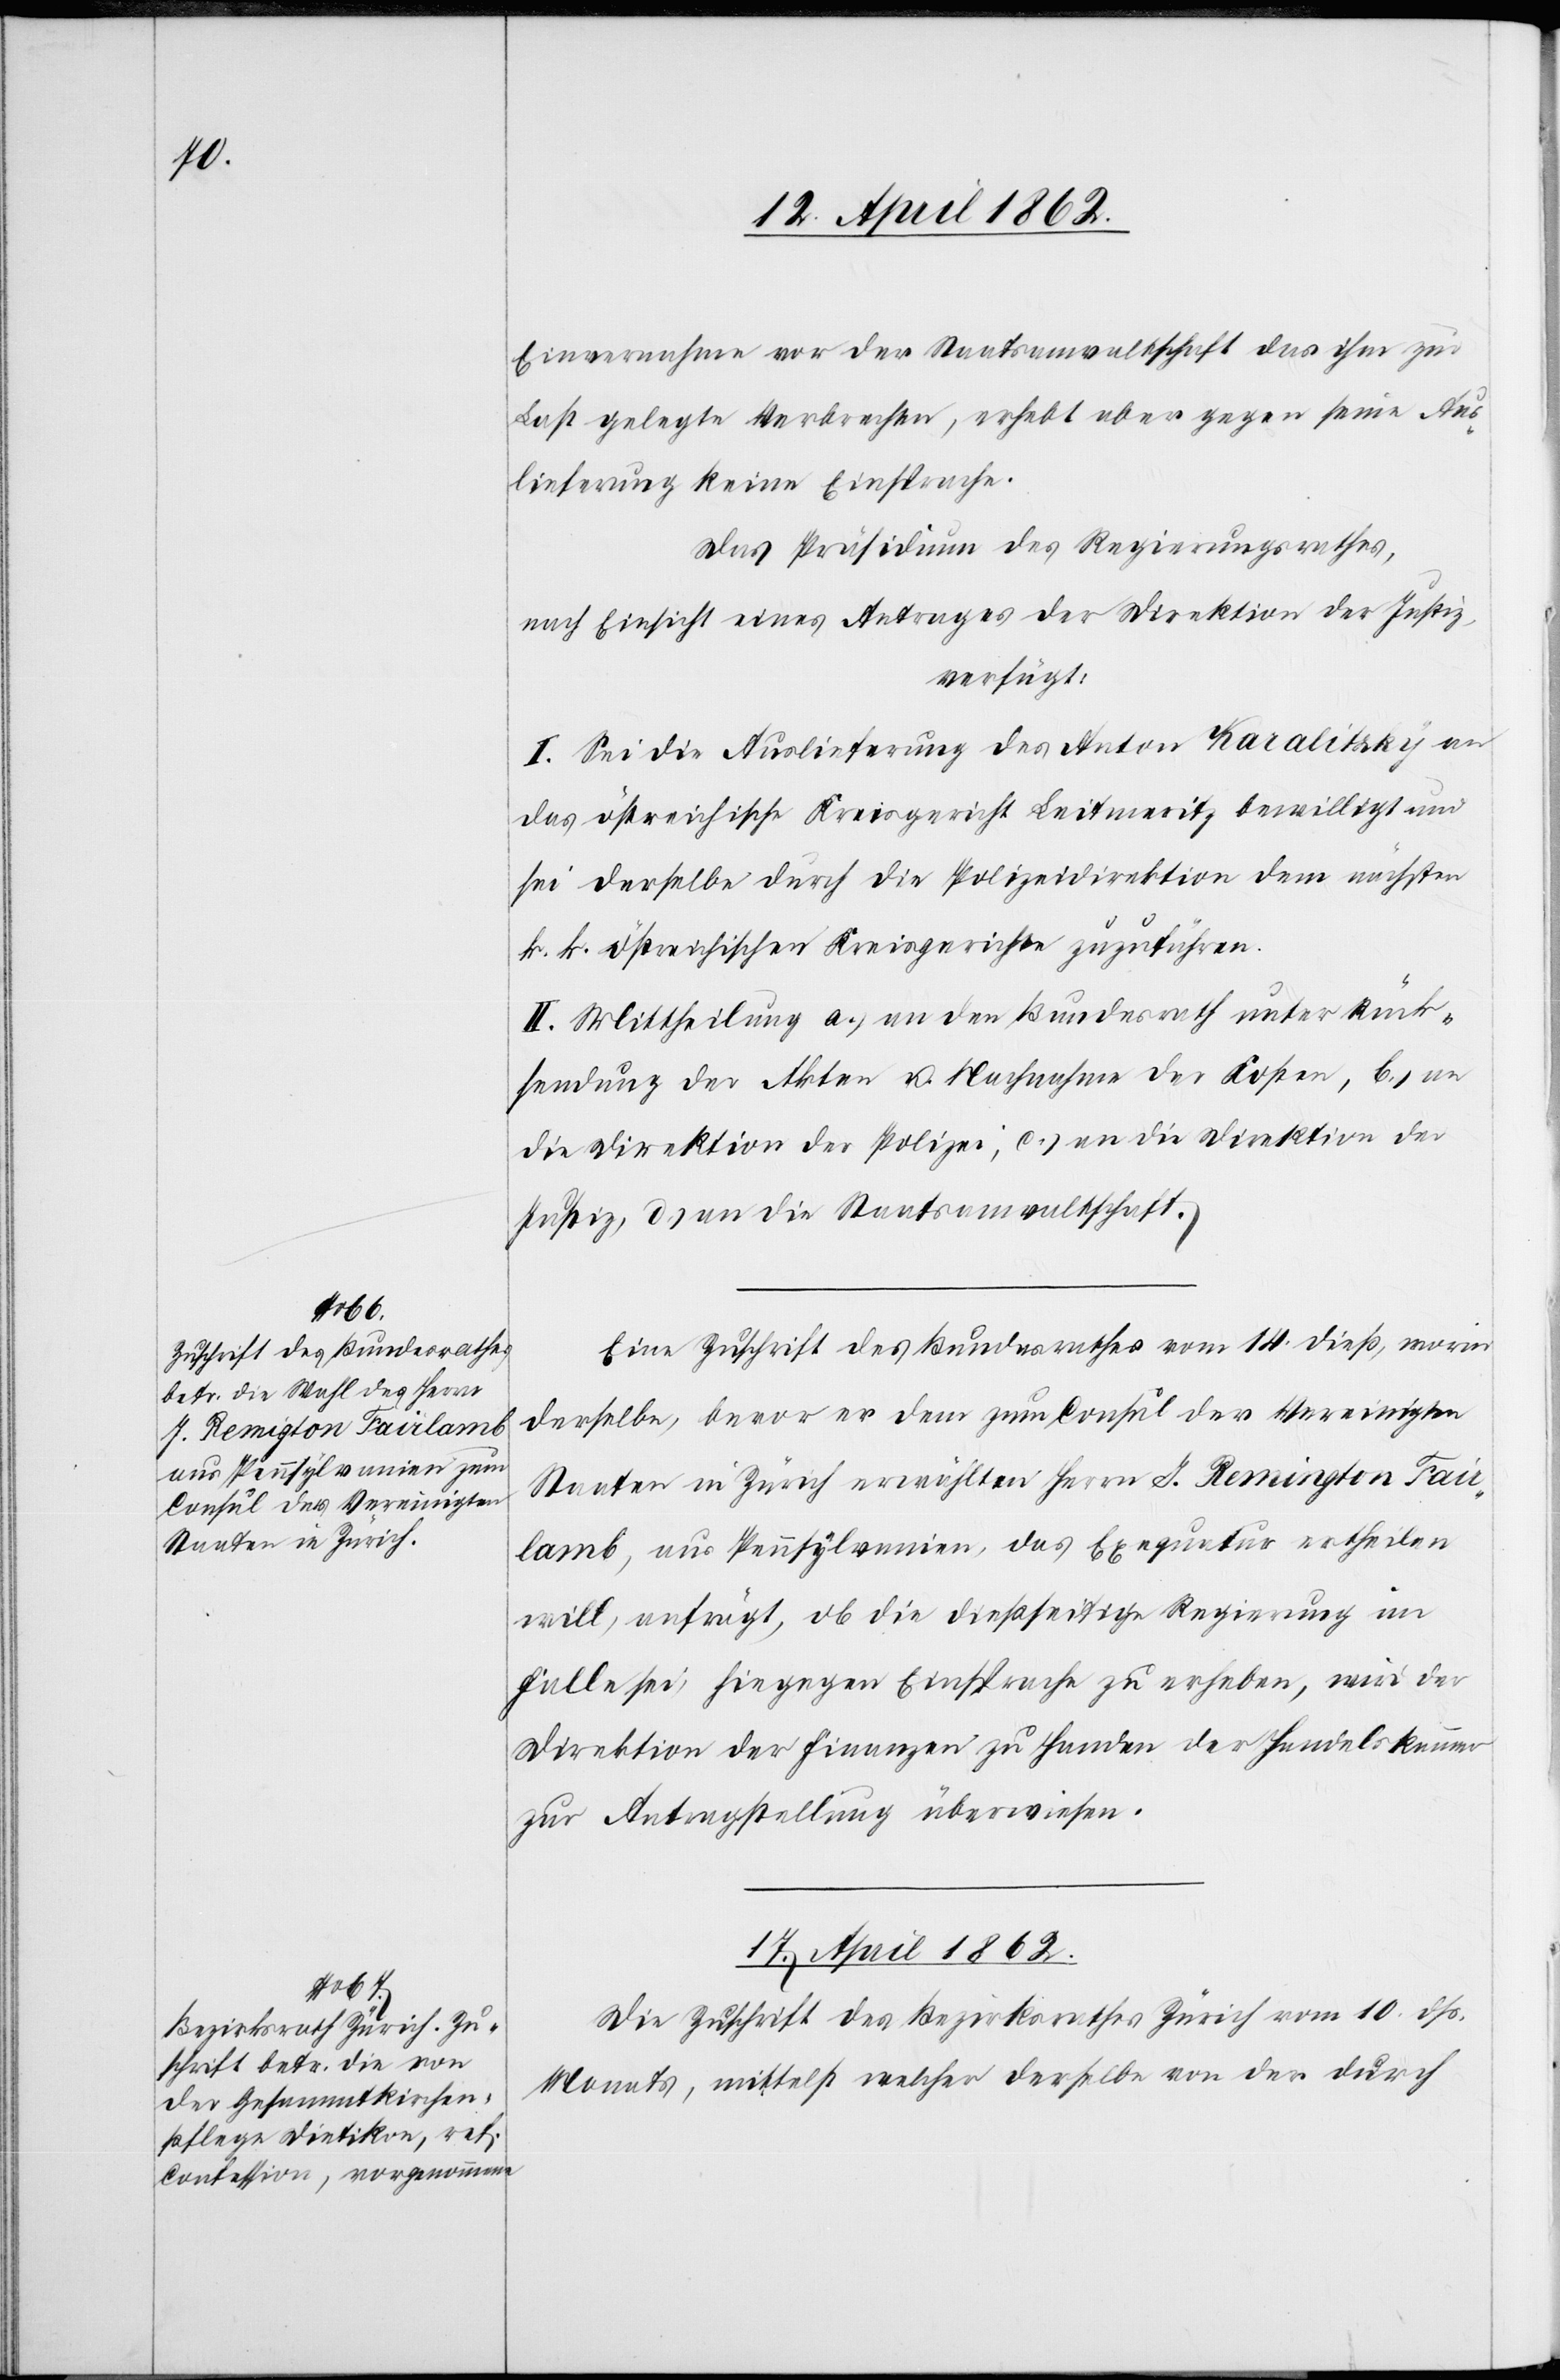
17. April 1862.
Einvernahme vor der Staatsanwaltschaft das ihm zur
Last gelegte Verbrechen, erhebt aber gegen seine Aus¬
lieferung keine Einsprache.
Das Präsidium des Regierungsrathes,
nach Einsicht eines Antrages der Direktion der Justiz,
verfügt:
I. Sei die Auslieferung des Anton Karalitzky an
das östreichische Kreisgericht Leitmeritz bewilligt und
sei derselbe durch die Polizeibehörden dem nächsten k.
k. östreichischen Kreisgerichte zuzuführen.
II. Mittheilung a) an den Bundesrath unter Rück¬
sendung der Akten u. Nachnahme der Kosten, b) an
die Direktion der Polizei, c) an die Direktion der
Justiz, d) an die Staatsanwaltschaft.
Eine Zuschrift des Bundesrathes vom 14. dieß, worin
derselbe, bevor er dem zum Consul der Vereinigten
Staaten in Zürich erwählten Herrn J. Remigton Fair¬
lamb, aus Pennsylvanien, das Exequetur ertheilen
will, anfrägt, ob die dießseitige Regierung im
Falle sei, hiegegen Einsprache zu erheben, wird der
Direktion der Finanzen zu Handen der Handelskammer
zur Antragstellung überwiesen.
Die Zuschrift des Bezirksrathes Zürich vom 10. dß.
Monats, mittelst welcher derselbe von der durch